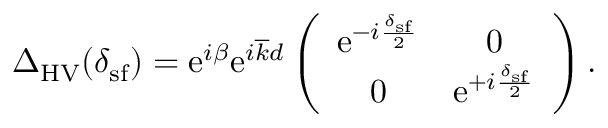
\begin{array} { r } { \Delta _ { \mathrm { H V } } ( \delta _ { \mathrm { s f } } ) = \mathrm { e } ^ { i \beta } \mathrm { e } ^ { i \overline { { k } } d } \left( \begin{array} { c c } { \mathrm { e } ^ { - i \frac { \delta _ { \mathrm { s f } } } { 2 } } } & { 0 } \\ { 0 } & { \mathrm { e } ^ { + i \frac { \delta _ { \mathrm { s f } } } { 2 } } } \end{array} \right) . } \end{array}